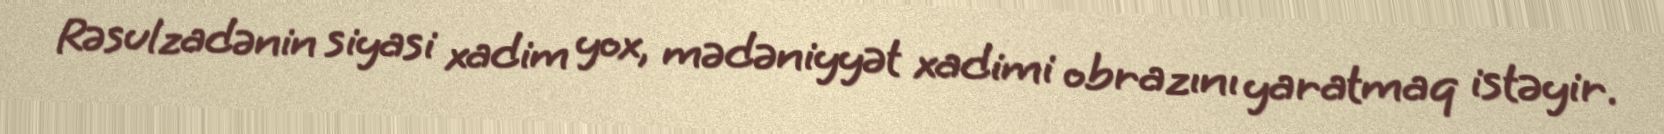
Rəsulzadənin siyasi xadim yox, mədəniyyət xadimi obrazını yaratmaq istəyir.